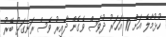
ހުޅުމާލެ އަށް 10 އަހަރު ދުވަސް ވެގެން ދާއިރު ވެސް ރަނގަޅު ބޭރު